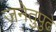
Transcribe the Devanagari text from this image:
जनेतुपुढे